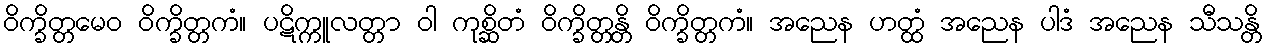
ဝိက္ခိတ္တမေဝ ဝိက္ခိတ္တကံ။ ပဋိက္ကူလတ္တာ ဝါ ကုစ္ဆိတံ ဝိက္ခိတ္တန္တိ ဝိက္ခိတ္တကံ။ အညေန ဟတ္ထံ အညေန ပါဒံ အညေန သီသန္တိ